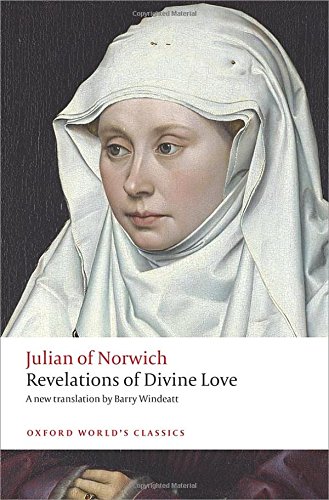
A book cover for Revelations of Divine Love (Oxford World's Classics); Julian of Norwich; Christian Books & Bibles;